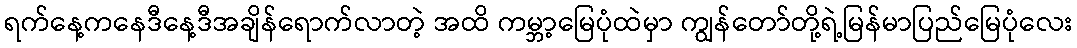
ရက်နေ့ကနေဒီနေ့ဒီအချိန်ရောက်လာတဲ့ အထိ ကမ္ဘာ့မြေပုံထဲမှာ ကျွန်တော်တို့ရဲ့မြန်မာပြည်မြေပုံလေး